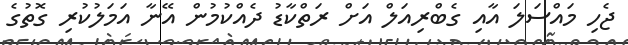
ޖެހި މައްސަލަ އާއި ގެބްރިއަލް އަށް ރަތްކާޑު ދެއްކުމުން އޭނާ އަމަލުކުރި ގޮތުގެ